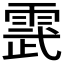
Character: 𮦔